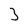
Character: 3